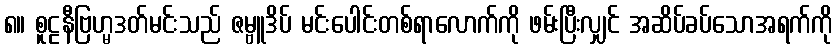
၈။ စူဠနီဗြဟ္မဒတ်မင်းသည် ဇမ္ဗူဒိပ် မင်းပေါင်းတစ်ရာလောက်ကို ဖမ်းပြီးလျှင် အဆိပ်ခပ်သောအရက်ကို